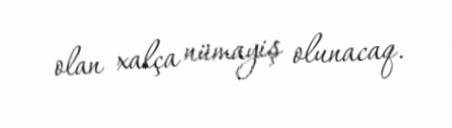
olan xalça nümayiş olunacaq.